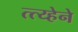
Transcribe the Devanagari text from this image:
त्त्य्हेने